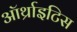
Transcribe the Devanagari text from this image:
ऑर्थ्राइटिस